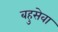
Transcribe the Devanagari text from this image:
बहुसेवा